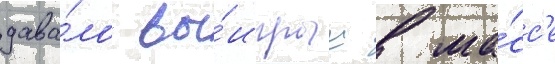
дава́ло вы́игрыш в ма́сс'е